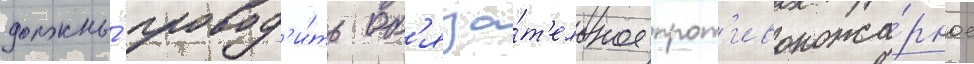
должны́ провод'и́ть об'яза́т'ельное прот'ивопожа́рное